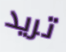
تريد